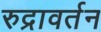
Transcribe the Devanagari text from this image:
रुद्रावर्तन